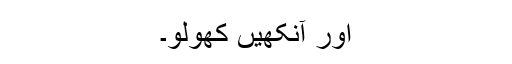
اور آنکھیں کھولو۔